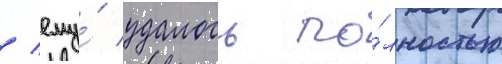
/ ему́ удалось по́лностью